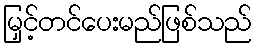
မြှင့်တင်ပေးမည်ဖြစ်သည်